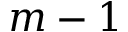
m - 1